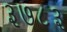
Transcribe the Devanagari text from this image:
३७८३